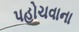
પહોચવાના